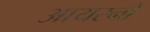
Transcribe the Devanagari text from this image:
आयरनों